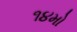
૧૪મો